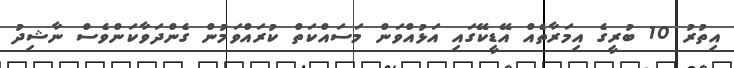
އިތުރު 10 ބުރީގެ އިމަރާތެއް އޭޑީކޭގައި އަޅުއްވަން މަސައްކަތް ކުރައްވަމުން ގެންދަވާކަންވެސް ނާޝިދު